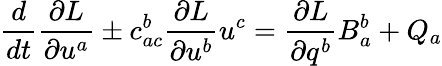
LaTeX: \frac{d}{dt}\frac{\partial L}{\partial u^{a}}\pm c_{ac}^{b}\frac{\partial L}{\partial u^{b}}u^{c}=\frac{\partial L}{\partial q^{b}}B_{a}^{b}+Q_{a}